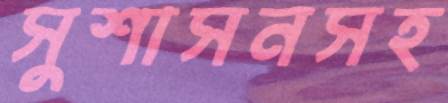
সুশাসনসহ